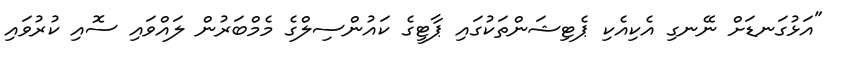
"އަޅުގަނޑަށް ނޭނގި އެކިއެކި ޕެޓިޝަންތަކުގައި ޕާޓީގެ ކައުންސިލްގެ މެމްބަރުން ލައްވައި ސޮއި ކުރުވައި